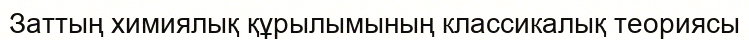
Заттың химиялық құрылымының классикалық теориясы